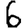
Digit: 6